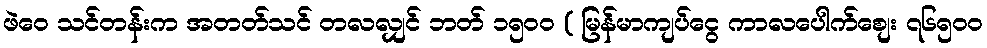
ဖဲဝေ သင်တန်းက အတတ်သင် တလလျှင် ဘတ် ၁၅၀၀ ( မြန်မာကျပ်ငွေ ကာလပေါက်စျေး ၇၆၅၀၀